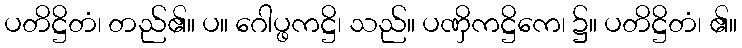
ပတိဋ္ဌိတံ၊ တည်၏။ ပ။ ဂေါပ္ဖကဋ္ဌိ၊ သည်။ ပဏှိကဋ္ဌိကေ၊ ၌။ ပတိဋ္ဌိတံ၊ ၏။